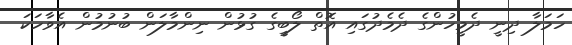
ހަމަލާ ދިނީ ދެމީހުންގެ ދެމެދުގައި އޮތް ލޯބީގެ ގުޅުން ނިންމާލަން ބުނުމުން އެވާހަކަ